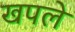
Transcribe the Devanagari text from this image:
खपले